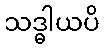
သဒ္ဓါယပိ